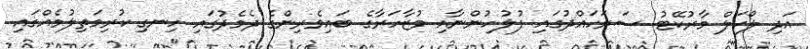
އަދި ލޯކަލް މާރުކޭޓު ސަރަހައްދުގައި ފުލުހުންނާއި މުޒާހަރާގެ ބައިވެރިންގެ ދެމެދުގައި ހިނގި ކުރިމަތިލުމެއްގައި